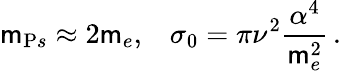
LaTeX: \mathsf{m}_{{\mathrm{P}s}}\approx2\mathsf{m}_{e},\; \; \; \sigma_{0}=\pi\nu^{2}{\frac{{\alpha^{4}}}{{\mathsf{m}_{e}^{2}}}}\, .